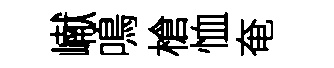
𪩘鳴槍恤奄